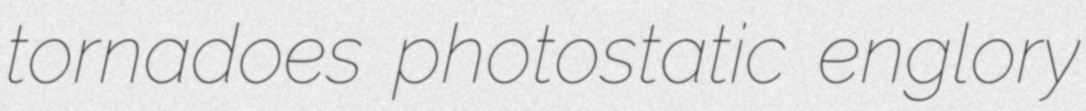
tornadoes photostatic englory